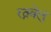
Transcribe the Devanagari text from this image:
रत्नवेलु